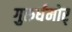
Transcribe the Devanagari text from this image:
गुरुर्धमोर्